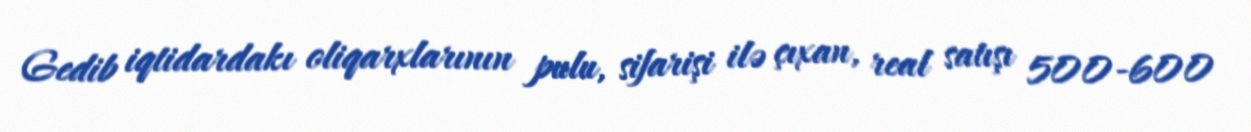
Gedib iqtidardakı oliqarxlarının pulu, sifarişi ilə çıxan, real satışı 500-600